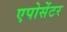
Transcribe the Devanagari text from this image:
एपोसेंटर